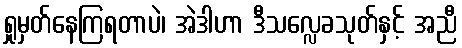
ရှုမှတ်နေကြရတာပဲ၊ အဲဒါဟာ ဒီသလ္လေခသုတ်နှင့် အညီ